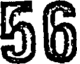
56